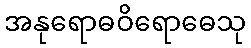
အနုရောဓဝိရောဓေသု